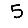
Digit: 5